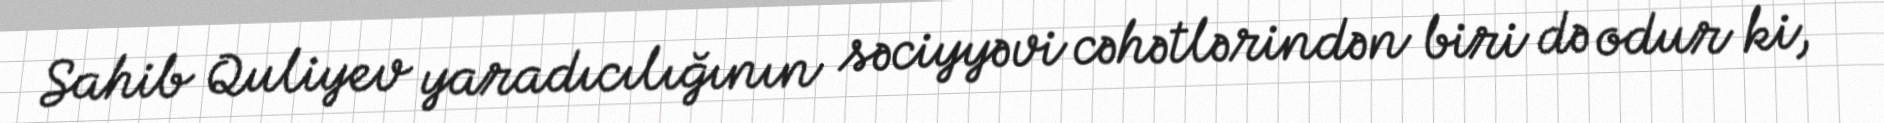
Sahib Quliyev yaradıcılığının səciyyəvi cəhətlərindən biri də odur ki,